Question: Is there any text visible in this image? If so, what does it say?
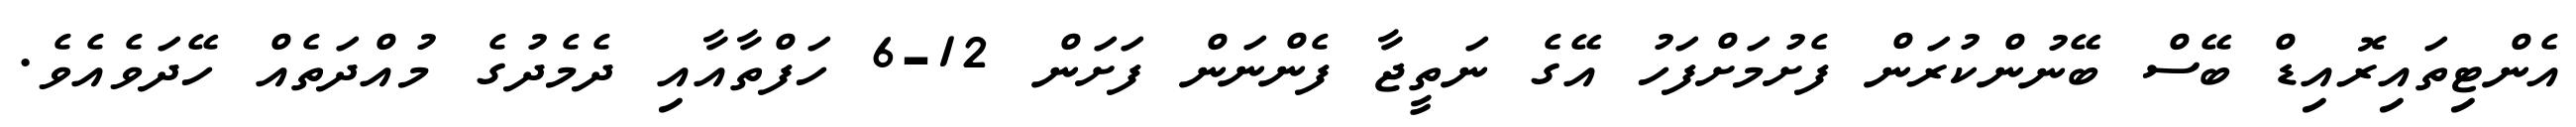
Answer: އެންޓިތައިރޮއިޑް ބޭސް ބޭނުންކުރަން ފެށުމަށްފަހު އޭގެ ނަތީޖާ ފެންނަން ފަށަން 12-6 ހަފްތާއާއި ދެމެދުގެ މުއްދަތެއް ހޭދަވެއެވެ.